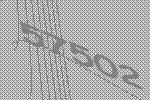
57502